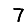
Digit: 7